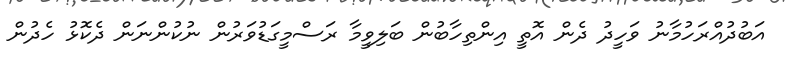
އަބުދުއްރަހުމާނު ވަހީދު ދެން އޮތީ އިންތިހާބުން ބަލިވީމާ ރަސްމީގަޑުވަރުން ނުކުންނަން ދެކޮޅު ހެދުން